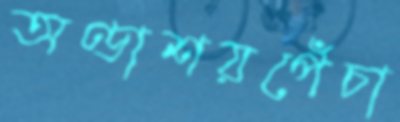
অণ্ডাশয়পেঁচা